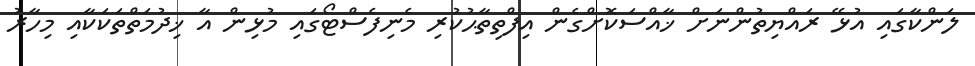
ލަންކާގައި އުޅޭ ރައްޔިތުންނަށް ޚާއްސަކޮށްގެން އިފްތިތާޙުކުރި މެނިފެސްޓޯގައި މުޅިން އާ ޚިދުމަތްތަކަކާއި މިހާރު